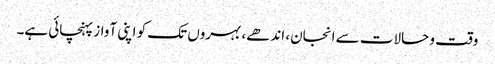
وقت و حالات سے انجان، اندھے، بہروں تک کو اپنی آواز پہنچائی ہے۔